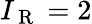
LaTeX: I_{\mathrm{~R~}}=2